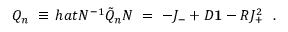
Q _ { n } \ \equiv \, h a t { N } ^ { - 1 } \tilde { Q } _ { n } N \ = \ - J _ { - } + D { \bf 1 } - { \cal R } J _ { + } ^ { 2 } \ \ .